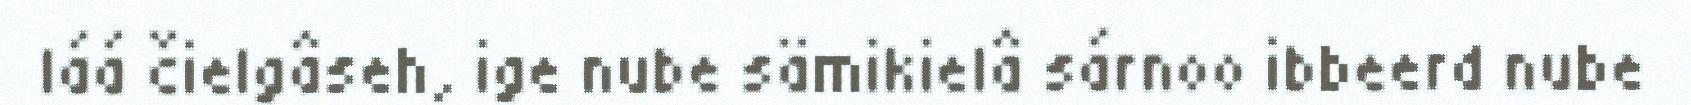
láá čielgâseh, ige nube sämikielâ sárnoo ibbeerd nube